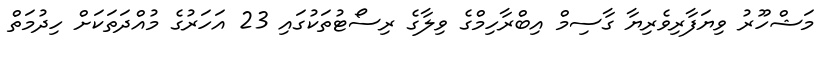
މަޝްހޫރު ވިޔަފާރިވެރިޔާ ގާސިމް އިބްރާހިމްގެ ވިލާގެ ރިސޯޓުތަކުގައި 23 އަހަރުގެ މުއްދަތަކަށް ހިދުމަތް